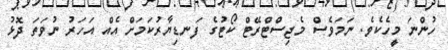
ހުންނަ މީހެކެވެ. ނަމަވެސް މެޖިސްޓްރޭޓް ކޯޓުގެ ފަނޑިޔާރުކަމަށް އެއް އަހަރު ނުވަތަ ދޮޅު